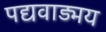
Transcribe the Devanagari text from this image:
पद्यवाड्मय